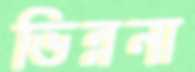
ভিন্ননা